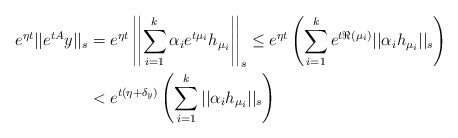
\begin{align*}e^{\eta t}||e^{tA}y||_s &=e^{\eta t}\left|\left|\sum_{i=1}^k\alpha_ie^{t\mu_i}h_{\mu_i}\right|\right|_s\le e^{\eta t} \left(\sum_{i=1}^ke^{t\Re(\mu_i)}||\alpha_ih_{\mu_i}||_s\right)\\& < e^{t(\eta+\delta_y)}\left(\sum_{i=1}^k||\alpha_i h_{\mu_i}||_s\right)\end{align*}